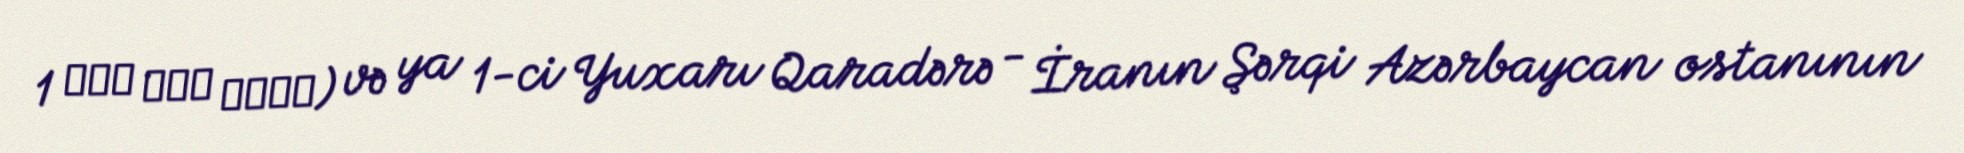
1 قره درق عليا) və ya 1-ci Yuxarı Qaradərə - İranın Şərqi Azərbaycan ostanının